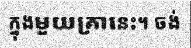
ក្នុងមួយគ្រានេះ។ ចង់